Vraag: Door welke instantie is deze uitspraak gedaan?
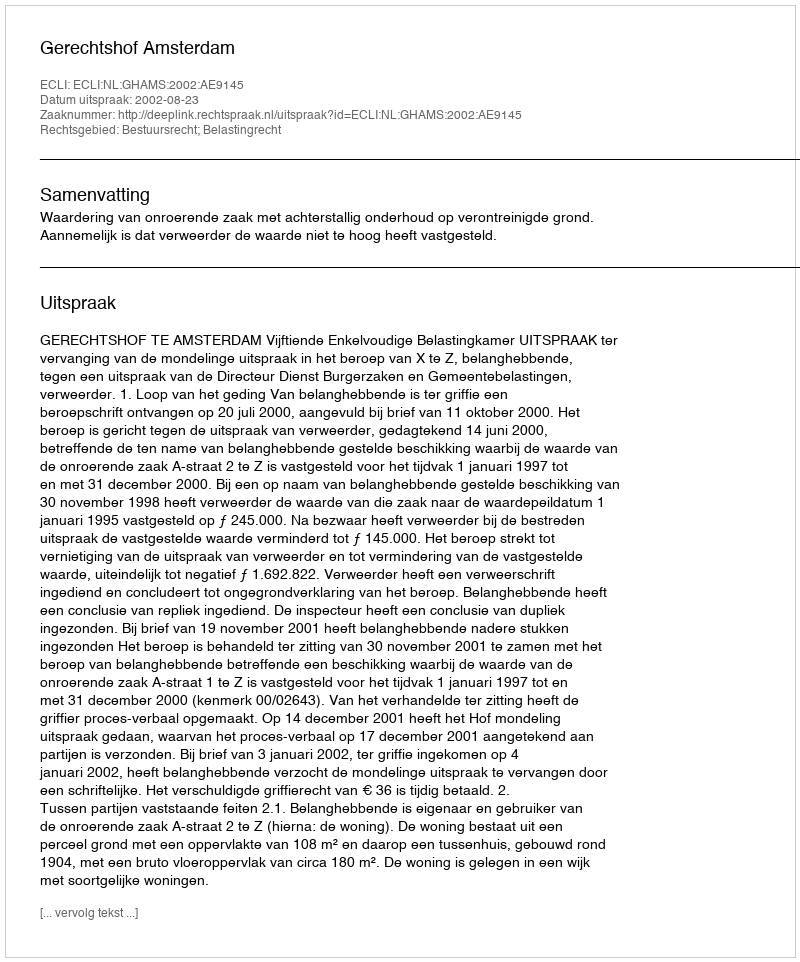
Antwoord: Gerechtshof Amsterdam